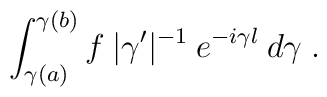
\int_{\gamma(a)}^{\gamma(b)} f \:|\gamma^\prime|^{-1} \:e^{-i \gamma l} \:d\gamma \;.